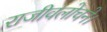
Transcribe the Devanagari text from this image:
राजीवलोचने।